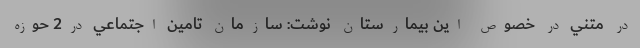
در متني در خصوص اين بيمارستان نوشت: سازمان تامين اجتماعي در2 حوزه